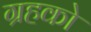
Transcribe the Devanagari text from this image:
ग्रहको